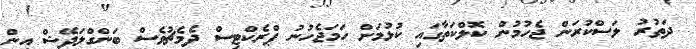
ދަތުރު ލަސްކުރަން ޖެހުމުން ކޮލްކަތާގައި ކުޅުމަށް ހަމަޖެހުނު ޕްރެކްޓިސް ދެމެޗުވެސް ބަންގްލަދޭޝް އިން